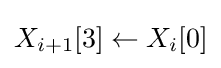
X_{i+1}[3]\leftarrow X_{i}[0]